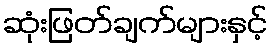
ဆုံးဖြတ်ချက်များနှင့်